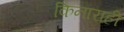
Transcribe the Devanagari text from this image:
किनाराही